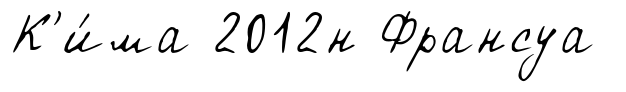
К'и́ма 2012н Франсуа